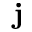
\mathbf { j }